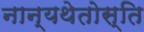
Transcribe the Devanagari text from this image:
नान्यथेतोस्ति